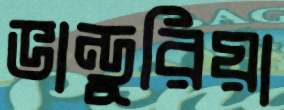
ভান্ডুরিয়া